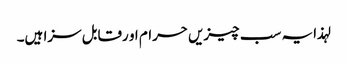
لہذا یہ سب چیزیں حرام او رقابل سزا ہیں۔